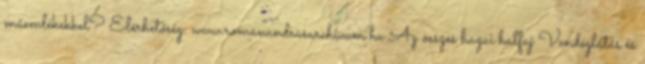
műemlékekkel? Elérhetőség: www.romanandrasarchivum.hu Az összes hazai halfaj Vendéglátás és